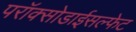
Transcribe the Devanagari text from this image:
परॉक्सोडाईसल्फेट